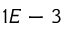
1 E - 3